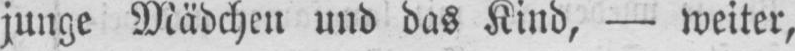
junge Mädchen und das Kind, - weiter,